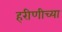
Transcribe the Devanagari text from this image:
हरीणीच्या